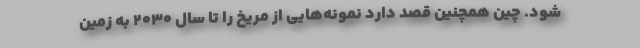
شود. چین همچنین قصد دارد نمونه‌هایی از مریخ را تا سال ۲۰۳۰ به زمین